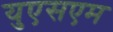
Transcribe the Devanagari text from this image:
युएसएम